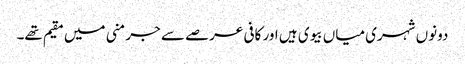
دونوں شہری میاں بیوی ہیں اور کافی عرصے سے جرمنی میں مقیم تھے۔